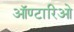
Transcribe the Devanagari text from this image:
ऑण्टारिओ